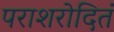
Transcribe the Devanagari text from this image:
पराशरोदितं